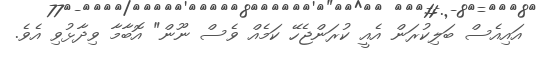
އައިއެސް ބަލިކުރަން އެއީ ކުރަންޖެހޭ ކަމެއް ވެސް ނޫން" އޮބާމާ ވިދާޅުވި އެވެ.